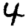
Digit: 4